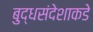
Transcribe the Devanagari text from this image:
बुद्धसंदेशाकडे